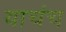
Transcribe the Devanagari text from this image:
याचंच